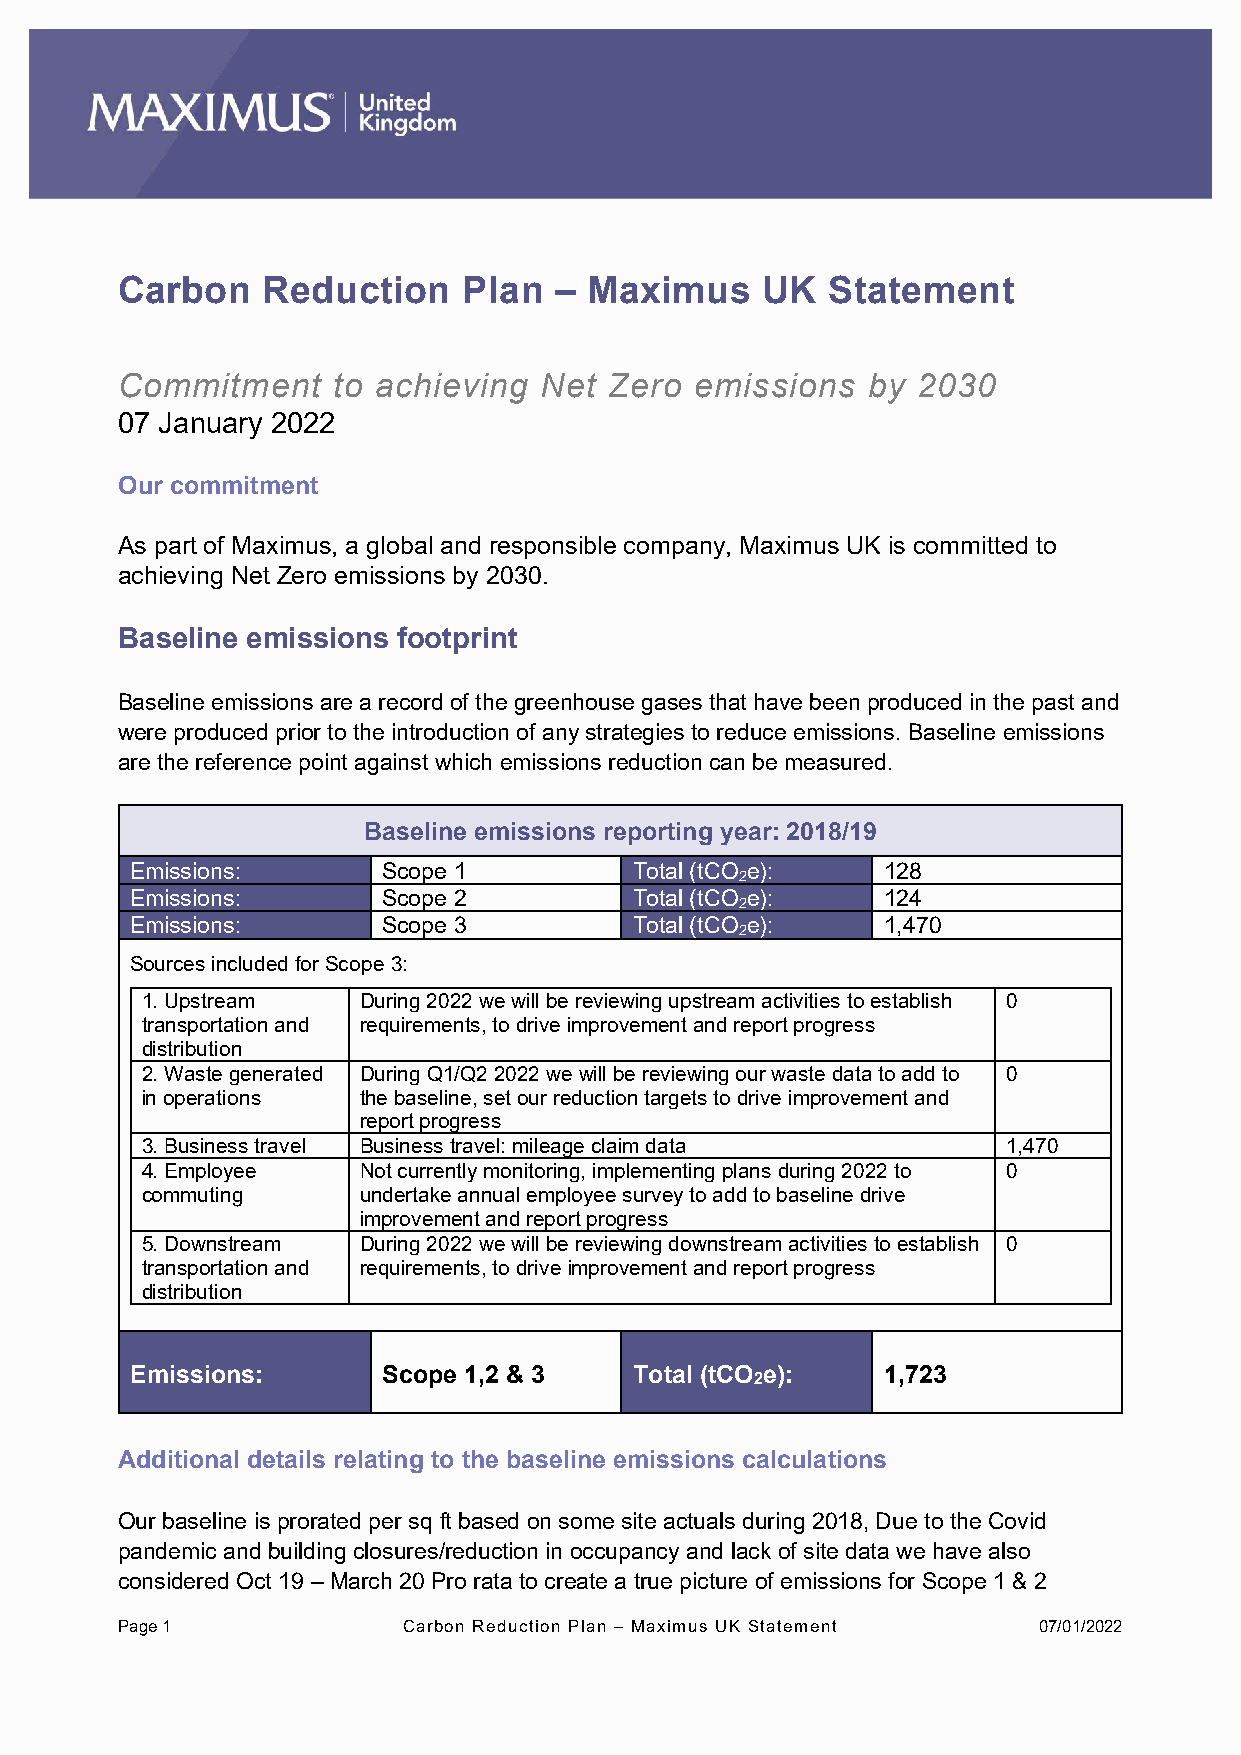
Carbon   Reduction     Plan  – Maximus    UK   Statement
 Commitment    to achieving  Net Zero  emissions  by  2030
 07 January 2022
 Our commitment
 As part of Maximus, a global and responsible company, Maximus UK is committed to
 achieving Net Zero emissions by 2030.
 Baseline emissions footprint
 Baseline emissions are a record of the greenhouse gases that have been produced in the past and
 were produced prior to the introduction of any strategies to reduce emissions. Baseline emissions
 are the reference point against which emissions reduction can be measured.
 Baseline emissions reporting year: 2018/19
 Emissions:      Scope 1          Total (tCO e):  128
 2
 Emissions:      Scope 2          Total (tCO e):  124
 2
 Emissions:      Scope 3          Total (tCO e):  1,470
 2
 Sources included for Scope 3:
 1. Upstream    During 2022 we will be reviewing upstream activities to establish 0
 transportation and requirements, to drive improvement and report progress
 distribution
 2. Waste generated During Q1/Q2 2022 we will be reviewing our waste data to add to 0
 in operations  the baseline, set our reduction targets to drive improvement and
 report progress
 3. Business travel Business travel: mileage claim data    1,470
 4. Employee    Not currently monitoring, implementing plans during 2022 to 0
 commuting      undertake annual employee survey to add to baseline drive
 improvement and report progress
 5. Downstream  During 2022 we will be reviewing downstream activities to establish 0
 transportation and requirements, to drive improvement and report progress
 distribution
 Emissions:      Scope 1,2 & 3    Total (tCO2e):  1,723
 Additional details relating to the baseline emissions calculations
 Our baseline is prorated per sq ft based on some site actuals during 2018, Due to the Covid
 pandemic and building closures/reduction in occupancy and lack of site data we have also
 considered Oct 19 – March 20 Pro rata to create a true picture of emissions for Scope 1 & 2
 Page 1             Carbon Reduction Plan – Maximus UK Statement 07/01/2022